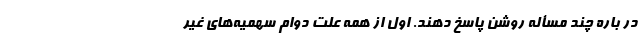
در باره چند مسأله روشن پاسخ دهند. اول از همه علت دوام سهمیه‌های غیر